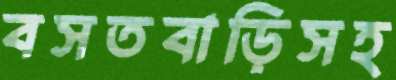
বসতবাড়িসহ